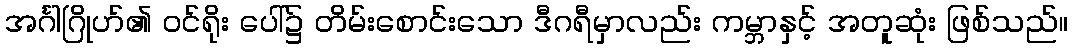
အင်္ဂါဂြိုဟ်၏ ဝင်ရိုး ပေါ်၌ တိမ်းစောင်းသော ဒီဂရီမှာလည်း ကမ္ဘာနှင့် အတူဆုံး ဖြစ်သည်။